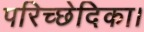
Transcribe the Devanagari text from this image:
परिच्छेदिका।